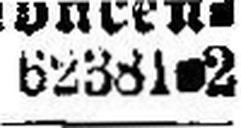
62381-2.